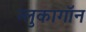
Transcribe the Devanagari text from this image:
ग्लुकागॉन